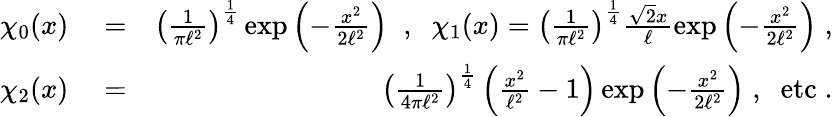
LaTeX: \begin{array}{rlr}{\chi_{0}(x)}&{{}=}&{\left(\frac{1}{\pi\ell^{2}}\right)^{\frac{1}{4}}\exp\left(-\frac{x^{2}}{2\ell^{2}}\right)\; \; ,\; \; \chi_{1}(x)=\left(\frac{1}{\pi\ell^{2}}\right)^{\frac{1}{4}}\frac{\sqrt{2}x}{\ell}\exp\left(-\frac{x^{2}}{2\ell^{2}}\right)\; ,}\\ {\chi_{2}(x)}&{{}=}&{\left(\frac{1}{4\pi\ell^{2}}\right)^{\frac{1}{4}}\left(\frac{x^{2}}{\ell^{2}}-1\right)\exp\left(-\frac{x^{2}}{2\ell^{2}}\right)\; ,\; \; \mathrm{etc}\; .}\end{array}